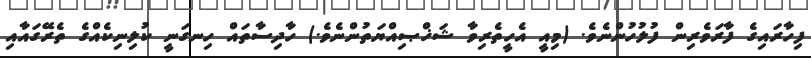
ފިހާރައިގެ ފާރަވެރިން ފުލުހުންނެވެ. (މިއީ އެހީތެރިވާ ޝަޚްޞިއްޔަތުންނެވެ.) ހާދިސާތައް ހިނގަނީ ކުލިނިކެއްގެ ތެރޭގައާއި